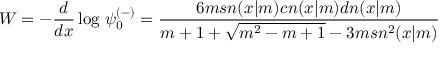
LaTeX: W = - { \frac { d } { d x } } \log \, \psi _ { 0 } ^ { ( - ) } = { \frac { 6 m s n ( x | m ) c n ( x | m ) d n ( x | m ) } { m + 1 + \sqrt { m ^ { 2 } - m + 1 } - 3 m s n ^ { 2 } ( x | m ) } }